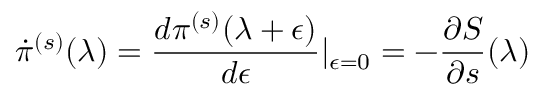
\dot { \pi } ^ { ( s ) } ( \lambda ) = \frac { d \pi ^ { ( s ) } ( \lambda + \epsilon ) } { d \epsilon } \vert _ { \epsilon = 0 } = - \frac { \partial S } { \partial s } ( \lambda )